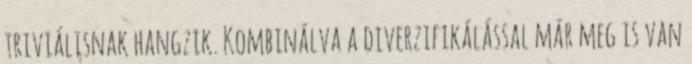
triviálisnak hangzik. Kombinálva a diverzifikálással már meg is van